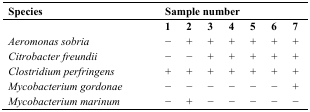
<table><thead><tr><td><b>Species</b></td><td colspan="7"><b>Sample number</b></td></tr></thead><tbody><tr><td>[EMPTY_CELL]</td><td><b>1</b></td><td><b>2</b></td><td><b>3</b></td><td><b>4</b></td><td><b>5</b></td><td><b>6</b></td><td><b>7</b></td></tr><tr><td><i>Aeromonas sobria</i></td><td>−</td><td>+</td><td>+</td><td>+</td><td>+</td><td>+</td><td>+</td></tr><tr><td><i>Citrobacter freundii</i></td><td>−</td><td>−</td><td>+</td><td>+</td><td>+</td><td>+</td><td>+</td></tr><tr><td><i>Clostridium perfringens</i></td><td>+</td><td>+</td><td>+</td><td>+</td><td>+</td><td>+</td><td>+</td></tr><tr><td><i>Mycobacterium gordonae</i></td><td>−</td><td>−</td><td>−</td><td>−</td><td>−</td><td>−</td><td>+</td></tr><tr><td><i>Mycobacterium marinum</i></td><td>−</td><td>+</td><td>−</td><td>−</td><td>−</td><td>−</td><td>−</td></tr></tbody></table>